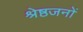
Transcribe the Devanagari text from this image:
श्रेष्ठजनों